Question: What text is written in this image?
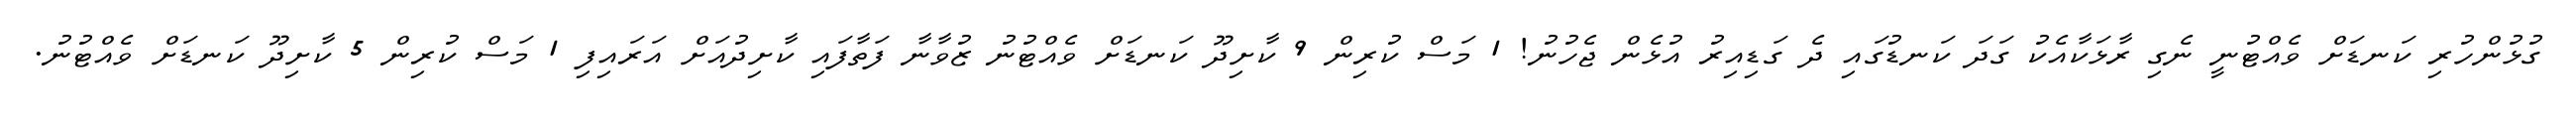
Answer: ގުޅުންހުރި ކަނޑަށް ވެއްޓުނީ ނެގި ރާޅަކާއެކު ގަދަ ކަނޑުގައި ދެ ގަޑިއިރު އުޅެން ޖެހުނު! 1 މަސް ކުރިން 9 ކާށިދޫ ކަނޑަށް ވެއްޓުނު ޒުވާނާ ފަތާފައި ކާށިދުއަށް އަރައިފި 1 މަސް ކުރިން 5 ކާށިދޫ ކަނޑަށް ވެއްޓުނު.